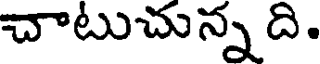
చాటుచున్న ది.